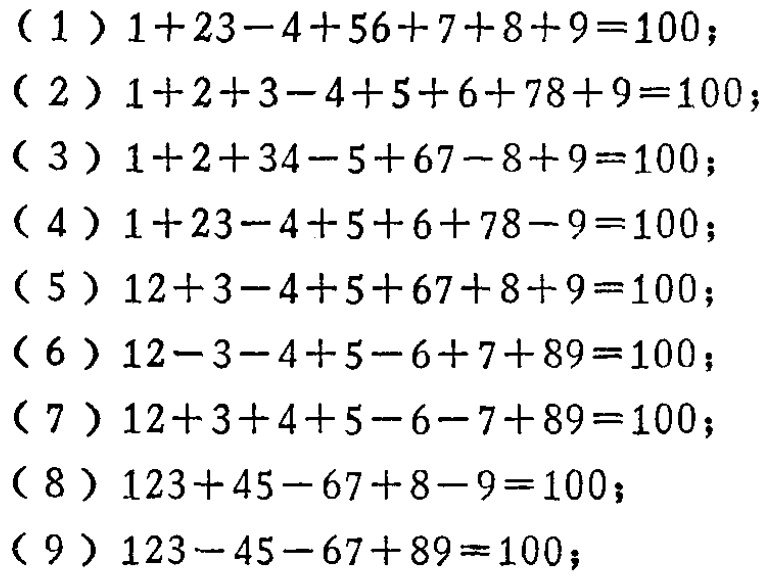
（1）\(1 + 23 - 4 + 56 + 7 + 8 + 9 = 100\)；

（2）\(1 + 2 + 3 - 4 + 5 + 6 + 78 + 9 = 100\)；

（3）\(1 + 2 + 34 - 5 + 67 - 8 + 9 = 100\)；

（4）\(1 + 23 - 4 + 5 + 6 + 78 - 9 = 100\)；

（5）\(12 + 3 - 4 + 5 + 67 + 8 + 9 = 100\)；

（6）\(12 - 3 - 4 + 5 - 6 + 7 + 89 = 100\)；

（7）\(12 + 3 + 4 + 5 - 6 - 7 + 89 = 100\)；

（8）\(123 + 45 - 67 + 8 - 9 = 100\)；

（9）\(123 - 45 - 67 + 89 = 100\)；